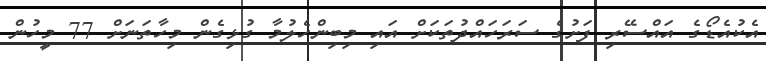
އެކުއެޑޯގެ އައްސޭރި ފަށުގެ ސަރަހައްދުތަކަށް އައި މިބިންހެލުމާ ގުޅިގެން މިހާތަނަށް 77 މީހުން